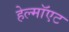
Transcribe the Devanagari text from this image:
हेल्मॉएट